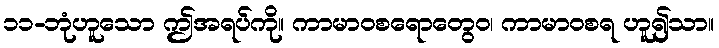
၁၁-ဘုံဟူသော ဤအရပ်ကို။ ကာမာဝစရောတွေဝ၊ ကာမာဝစရ ဟူ၍သာ။